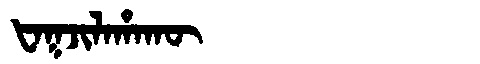
Manchu: ᡶᠠᡴᠵᡳᠯᠠᡥᠠᡴᡡ
Romanization: FAKJILAHAKŪ